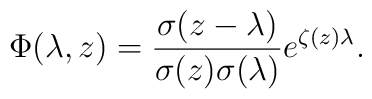
\Phi(\lambda,z)=\frac{\sigma(z-\lambda)}{\sigma(z)\sigma(\lambda)}e^{\zeta(z)\lambda} .